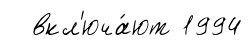
вкл'юча́ют 1994